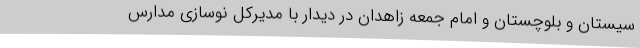
سیستان و بلوچستان و امام جمعه زاهدان در دیدار با مدیرکل نوسازی مدارس